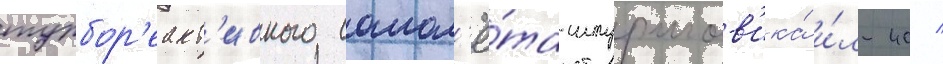
турбор'еакт'ивного самол'ё́та-штурмов'ика́ и́л-40 /